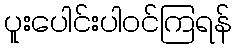
ပူးပေါင်းပါဝင်ကြရန်